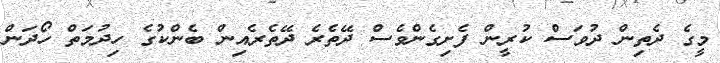
މީގެ ދެތިން ދުވަސް ކުރީން ފެށިގެންވެސް ދޭތެރެ ދޭތެރެއިން ބެންކުގެ ހިދުމަތް ހޯދަން